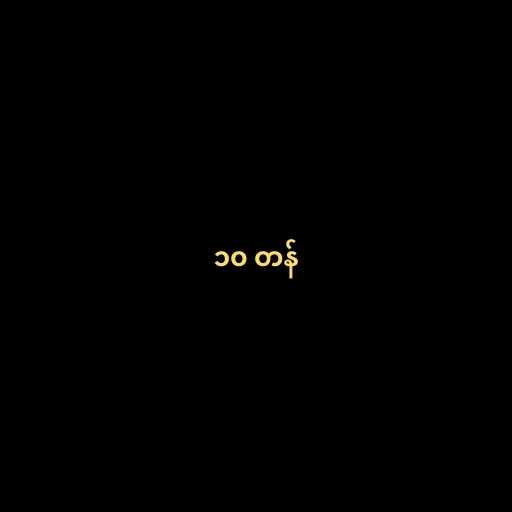
၁၀ တန်